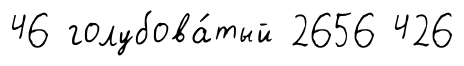
46 голубова́тый 2656 426